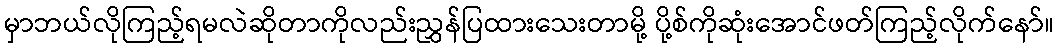
မှာဘယ်လိုကြည့်ရမလဲဆိုတာကိုလည်းညွှန်ပြထားသေးတာမို့ ပို့စ်ကိုဆုံးအောင်ဖတ်ကြည့်လိုက်နော်။